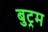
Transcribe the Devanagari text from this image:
बुट्रम